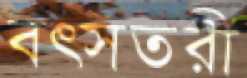
বত্সতরী